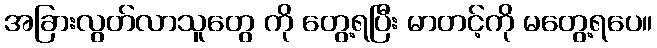
အခြားလွတ်လာသူတွေ ကို တွေ့ရပြီး မာတင့်ကို မတွေ့ရပေ။